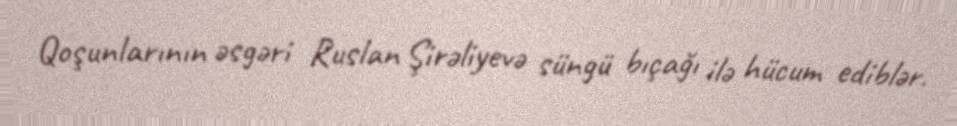
Qoşunlarının əsgəri Ruslan Şirəliyevə süngü bıçağı ilə hücum ediblər.